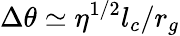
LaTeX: \Delta\theta\simeq\eta^{1/2}l_{c}/r_{g}